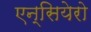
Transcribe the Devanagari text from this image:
एन्सियेरो